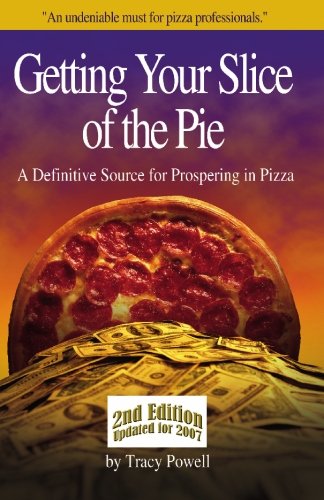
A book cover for Getting Your Slice of the Pie: A Definitive Source for Prospering in Pizza; Tracy Powell; Cookbooks, Food & Wine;